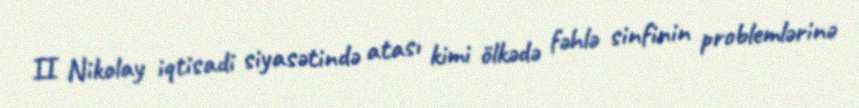
II Nikolay iqtisadi siyasətində atası kimi ölkədə fəhlə sinfinin problemlərinə